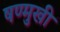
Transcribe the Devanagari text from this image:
षण्मुखी